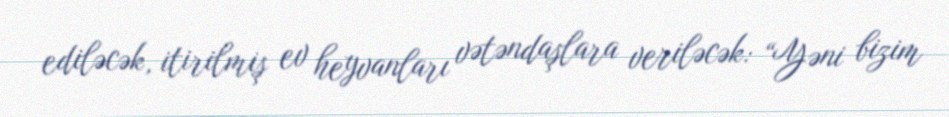
ediləcək, itirilmiş ev heyvanları vətəndaşlara veriləcək: “Yəni bizim